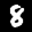
Label: 8